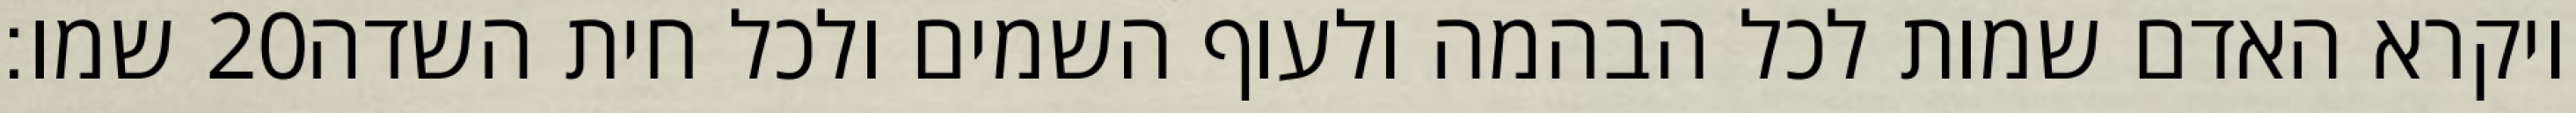
שמו׃ ‎20‏ ויקרא האדם שמות לכל הבהמה ולעוף השמים ולכל חית השדה